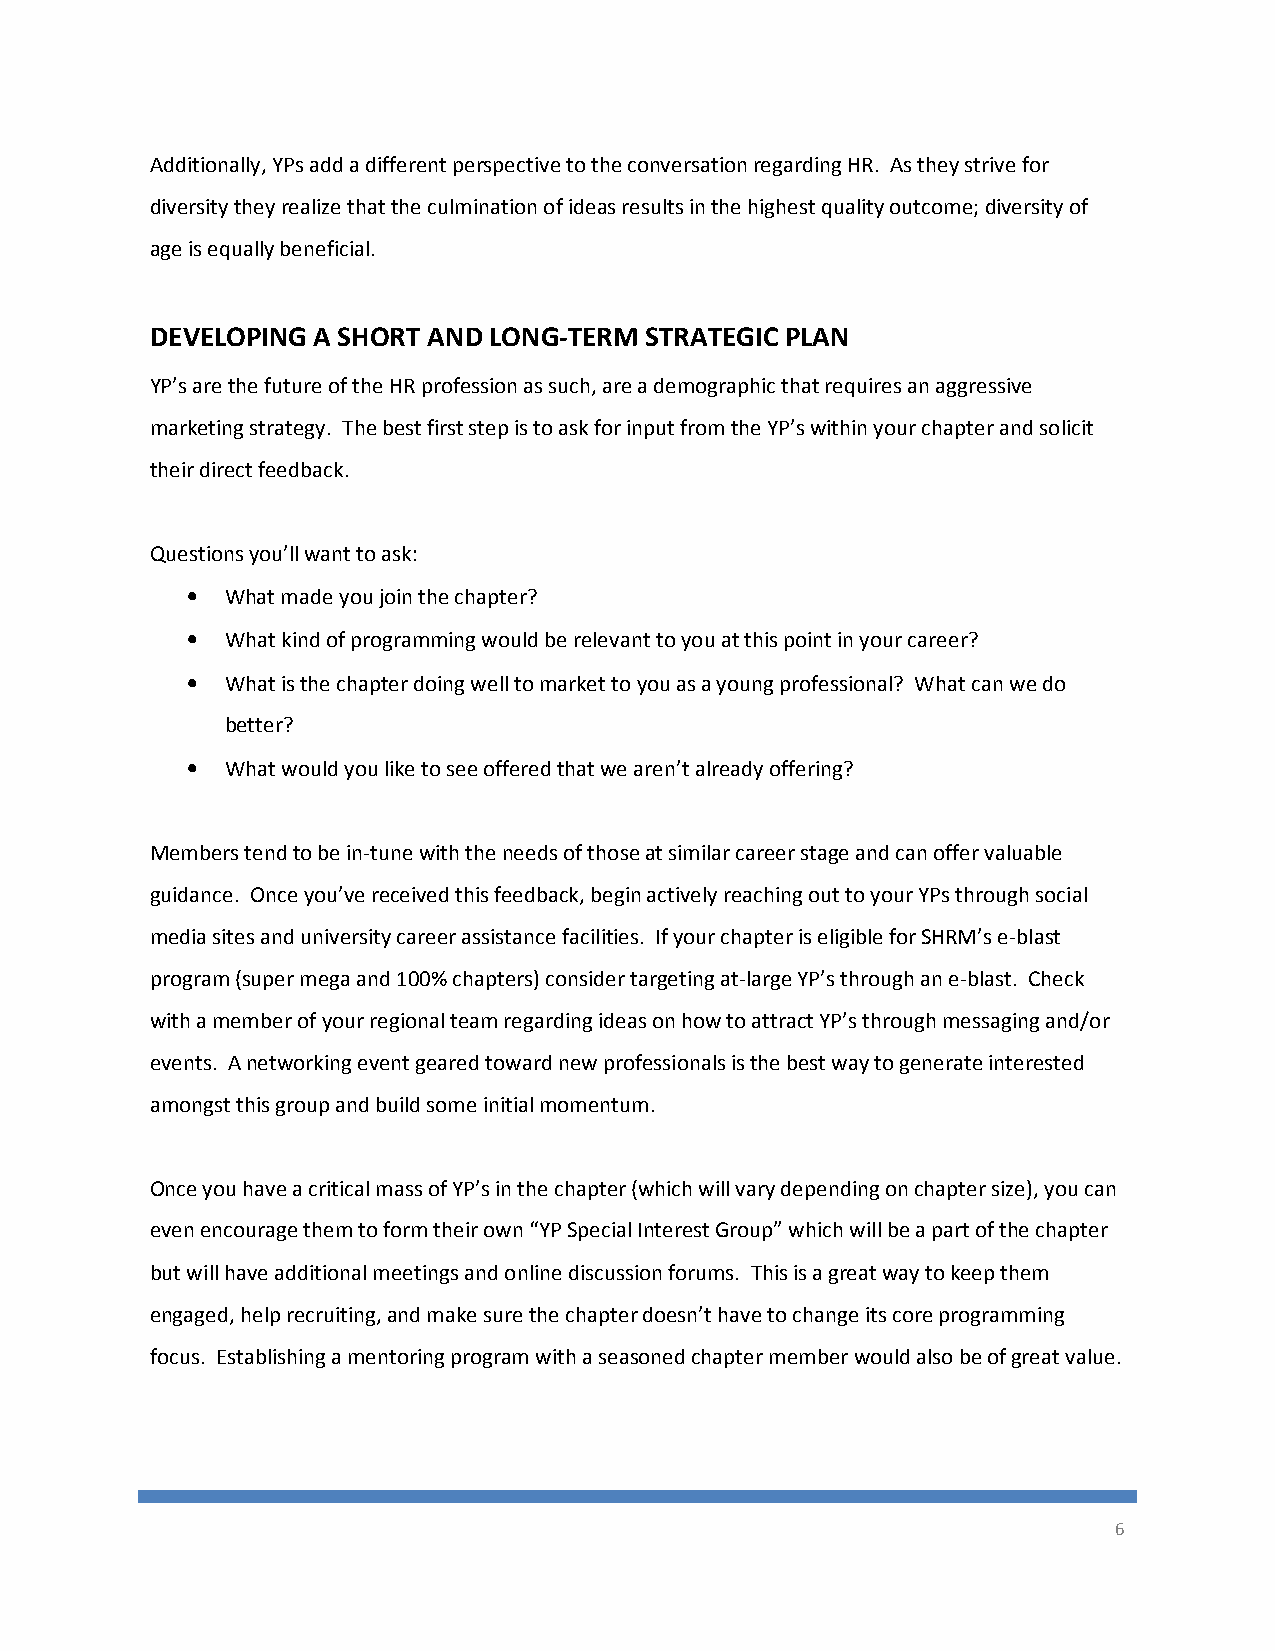
Additionally, YPs add a different perspective to the conversation regarding HR. As they strive for
 diversity they realize that the culmination of ideas results in the highest quality outcome; diversity of
 age is equally beneficial.
 DEVELOPING A SHORT AND LONG-TERM STRATEGIC PLAN
 YP’s are the future of the HR profession as such, are a demographic that requires an aggressive
 marketing strategy. The best first step is to ask for input from the YP’s within your chapter and solicit
 their direct feedback.
 Questions you’ll want to ask:
 •  What made you join the chapter?
 •  What kind of programming would be relevant to you at this point in your career?
 •  What is the chapter doing well to market to you as a young professional? What can we do
 better?
 •  What would you like to see offered that we aren’t already offering?
 Members tend to be in-tune with the needs of those at similar career stage and can offer valuable
 guidance. Once you’ve received this feedback, begin actively reaching out to your YPs through social
 media sites and university career assistance facilities. If your chapter is eligible for SHRM’s e-blast
 program (super mega and 100% chapters) consider targeting at-large YP’s through an e-blast. Check
 with a member of your regional team regarding ideas on how to attract YP’s through messaging and/or
 events. A networking event geared toward new professionals is the best way to generate interested
 amongst this group and build some initial momentum.
 Once you have a critical mass of YP’s in the chapter (which will vary depending on chapter size), you can
 even encourage them to form their own “YP Special Interest Group” which will be a part of the chapter
 but will have additional meetings and online discussion forums. This is a great way to keep them
 engaged, help recruiting, and make sure the chapter doesn’t have to change its core programming
 focus. Establishing a mentoring program with a seasoned chapter member would also be of great value.
 6